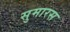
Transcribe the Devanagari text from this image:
सुमारस